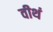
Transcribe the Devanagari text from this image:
वीथं